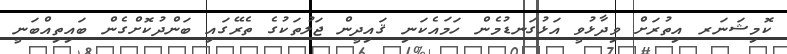
ކޮމިޝަނަރ އިތުރަށް ވިދާޅުވީ އަޅުގަނޑުމެން ހަމައެކަނި ޤައިދީން ޖަލުތަކުގެ ތެރޭގައި ބަންދުކޮށްގެން ބައިތިއްބަނީ